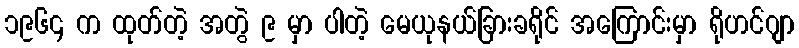
၁၉၆၄ က ထုတ်တဲ့ အတွဲ ၉ မှာ ပါတဲ့ မေယုနယ်ခြားခရိုင် အကြောင်းမှာ ရိုဟင်ဂျာ